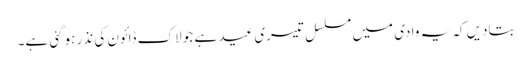
بتادیں کہ یہ وادی میں مسلسل تیسری عید ہے جو لاک ڈائون کی نذر ہوگئی ہے۔